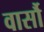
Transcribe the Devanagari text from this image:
वार्सौ